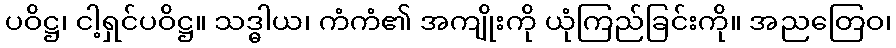
ပဝိဋ္ဌ၊ ငါ့ရှင်ပဝိဋ္ဌ။ သဒ္ဓါယ၊ ကံကံ၏ အကျိုးကို ယုံကြည်ခြင်းကို။ အညတြေဝ၊